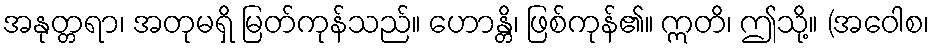
အနုတ္တရာ၊ အတုမရှိ မြတ်ကုန်သည်။ ဟောန္တိ၊ ဖြစ်ကုန်၏။ ဣတိ၊ ဤသို့။ (အဝေါစ၊